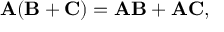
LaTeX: \mathbf { A } ( \mathbf { B } + \mathbf { C } ) = \mathbf { A B } + \mathbf { A C } ,